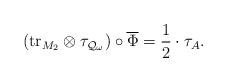
LaTeX: \begin{align*}(\mathrm{tr}_{M_{2}} \otimes \tau_{\mathcal{Q}_{\omega}}) \circ \overline{\Phi} = \frac{1}{2} \cdot \tau_{A}.\end{align*}